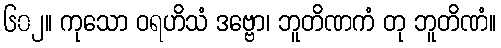
၆၀၂။ ကုသော ဝရဟိသံ ဒဗ္ဗော၊ ဘူတိဏကံ တု ဘူတိဏံ။